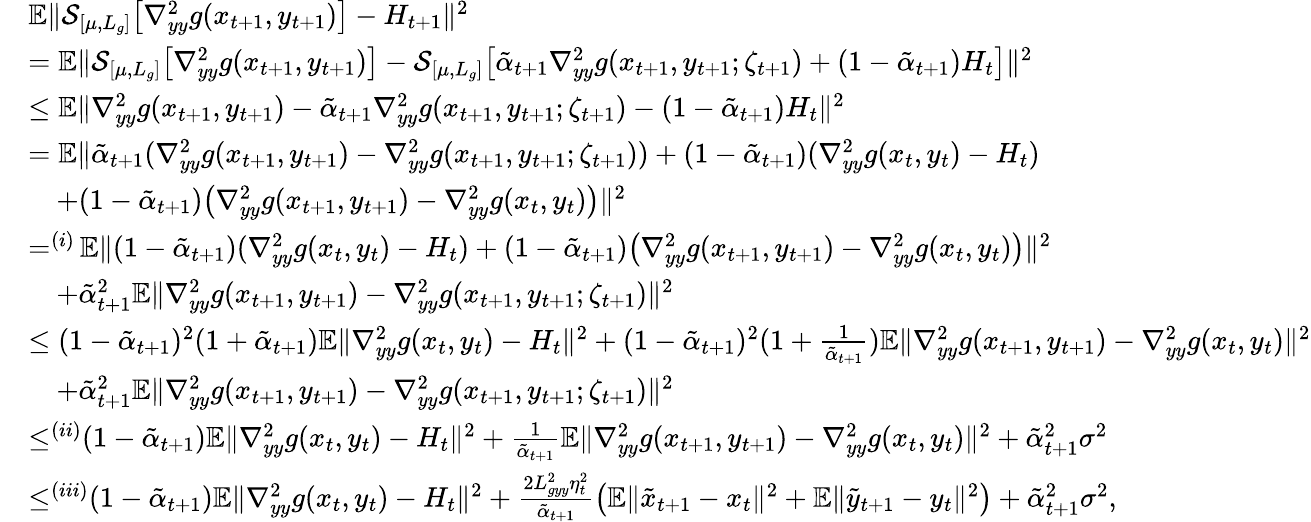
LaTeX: \begin{array}{rl}&{\mathbb{E}\| \mathcal{S}_{[\mu,L_{g}]}\big[\nabla_{yy}^{2}g(x_{t+1},y_{t+1})\big]-H_{t+1}\| ^{2}}\\ &{=\mathbb{E}\| \mathcal{S}_{[\mu,L_{g}]}\big[\nabla_{yy}^{2}g(x_{t+1},y_{t+1})\big]-\mathcal{S}_{[\mu,L_{g}]}\big[\tilde{\alpha}_{t+1}\nabla_{yy}^{2}g(x_{t+1},y_{t+1};\zeta_{t+1})+(1-\tilde{\alpha}_{t+1})H_{t}\big]\| ^{2}}\\ &{\leq\mathbb{E}\| \nabla_{yy}^{2}g(x_{t+1},y_{t+1})-\tilde{\alpha}_{t+1}\nabla_{yy}^{2}g(x_{t+1},y_{t+1};\zeta_{t+1})-(1-\tilde{\alpha}_{t+1})H_{t}\| ^{2}}\\ &{=\mathbb{E}\| \tilde{\alpha}_{t+1}(\nabla_{yy}^{2}g(x_{t+1},y_{t+1})-\nabla_{yy}^{2}g(x_{t+1},y_{t+1};\zeta_{t+1}))+(1-\tilde{\alpha}_{t+1})(\nabla_{yy}^{2}g(x_{t},y_{t})-H_{t})}\\ &{\quad+(1-\tilde{\alpha}_{t+1})\big(\nabla_{yy}^{2}g(x_{t+1},y_{t+1})-\nabla_{yy}^{2}g(x_{t},y_{t})\big)\| ^{2}}\\ &{\mathop{=}^{(i)}\mathbb{E}\| (1-\tilde{\alpha}_{t+1})(\nabla_{yy}^{2}g(x_{t},y_{t})-H_{t})+(1-\tilde{\alpha}_{t+1})\big(\nabla_{yy}^{2}g(x_{t+1},y_{t+1})-\nabla_{yy}^{2}g(x_{t},y_{t})\big)\| ^{2}}\\ &{\quad+\tilde{\alpha}_{t+1}^{2}\mathbb{E}\| \nabla_{yy}^{2}g(x_{t+1},y_{t+1})-\nabla_{yy}^{2}g(x_{t+1},y_{t+1};\zeta_{t+1})\| ^{2}}\\ &{\leq(1-\tilde{\alpha}_{t+1})^{2}(1+\tilde{\alpha}_{t+1})\mathbb{E}\| \nabla_{yy}^{2}g(x_{t},y_{t})-H_{t}\| ^{2}+(1-\tilde{\alpha}_{t+1})^{2}(1+\frac{1}{\tilde{\alpha}_{t+1}})\mathbb{E}\| \nabla_{yy}^{2}g(x_{t+1},y_{t+1})-\nabla_{yy}^{2}g(x_{t},y_{t})\| ^{2}}\\ &{\quad+\tilde{\alpha}_{t+1}^{2}\mathbb{E}\| \nabla_{yy}^{2}g(x_{t+1},y_{t+1})-\nabla_{yy}^{2}g(x_{t+1},y_{t+1};\zeta_{t+1})\| ^{2}}\\ &{\mathop{\leq}^{(ii)}(1-\tilde{\alpha}_{t+1})\mathbb{E}\| \nabla_{yy}^{2}g(x_{t},y_{t})-H_{t}\| ^{2}+\frac{1}{\tilde{\alpha}_{t+1}}\mathbb{E}\| \nabla_{yy}^{2}g(x_{t+1},y_{t+1})-\nabla_{yy}^{2}g(x_{t},y_{t})\| ^{2}+\tilde{\alpha}_{t+1}^{2}\sigma^{2}}\\ &{\mathop{\leq}^{(iii)}(1-\tilde{\alpha}_{t+1})\mathbb{E}\| \nabla_{yy}^{2}g(x_{t},y_{t})-H_{t}\| ^{2}+\frac{2L_{gyy}^{2}\eta_{t}^{2}}{\tilde{\alpha}_{t+1}}\big(\mathbb{E}\| \tilde{x}_{t+1}-x_{t}\| ^{2}+\mathbb{E}\| \tilde{y}_{t+1}-y_{t}\| ^{2}\big)+\tilde{\alpha}_{t+1}^{2}\sigma^{2},}\end{array}